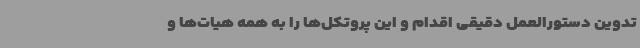
تدوین دستورالعمل دقیقی اقدام و این پروتکل‌ها را به همه هیات‌ها و